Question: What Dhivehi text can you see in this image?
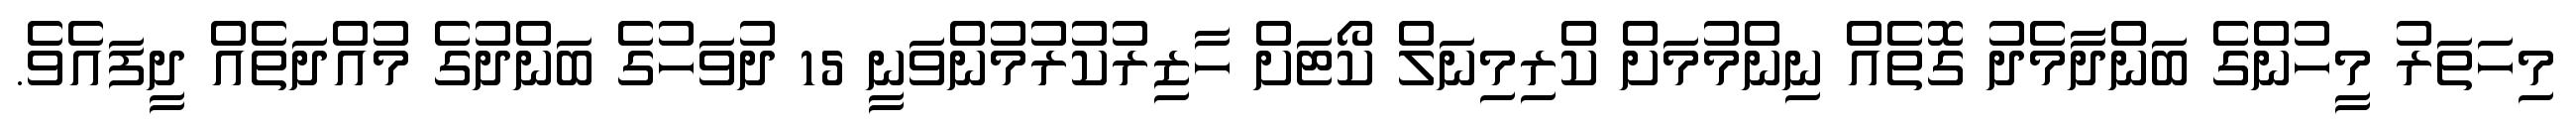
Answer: މިހަތަރު މީހުންގެ ބަންދާމެދު ގޮތެއް ނިންމުމަށް ކްރިމިނަލް ކޯޓަށް ހާޒިރުކުރުމުންވަނީ 15 ދުވަހުގެ ބަންދުގެ މުއްދަތެއް ދީފައެވެ.